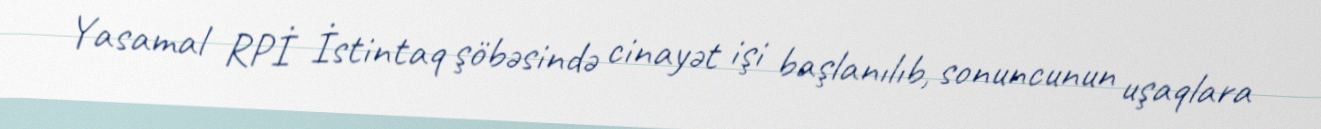
Yasamal RPİ İstintaq şöbəsində cinayət işi başlanılıb, sonuncunun uşaqlara